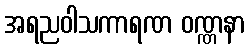
အရညဝါသကာရဏ ဝဏ္ဏနာ